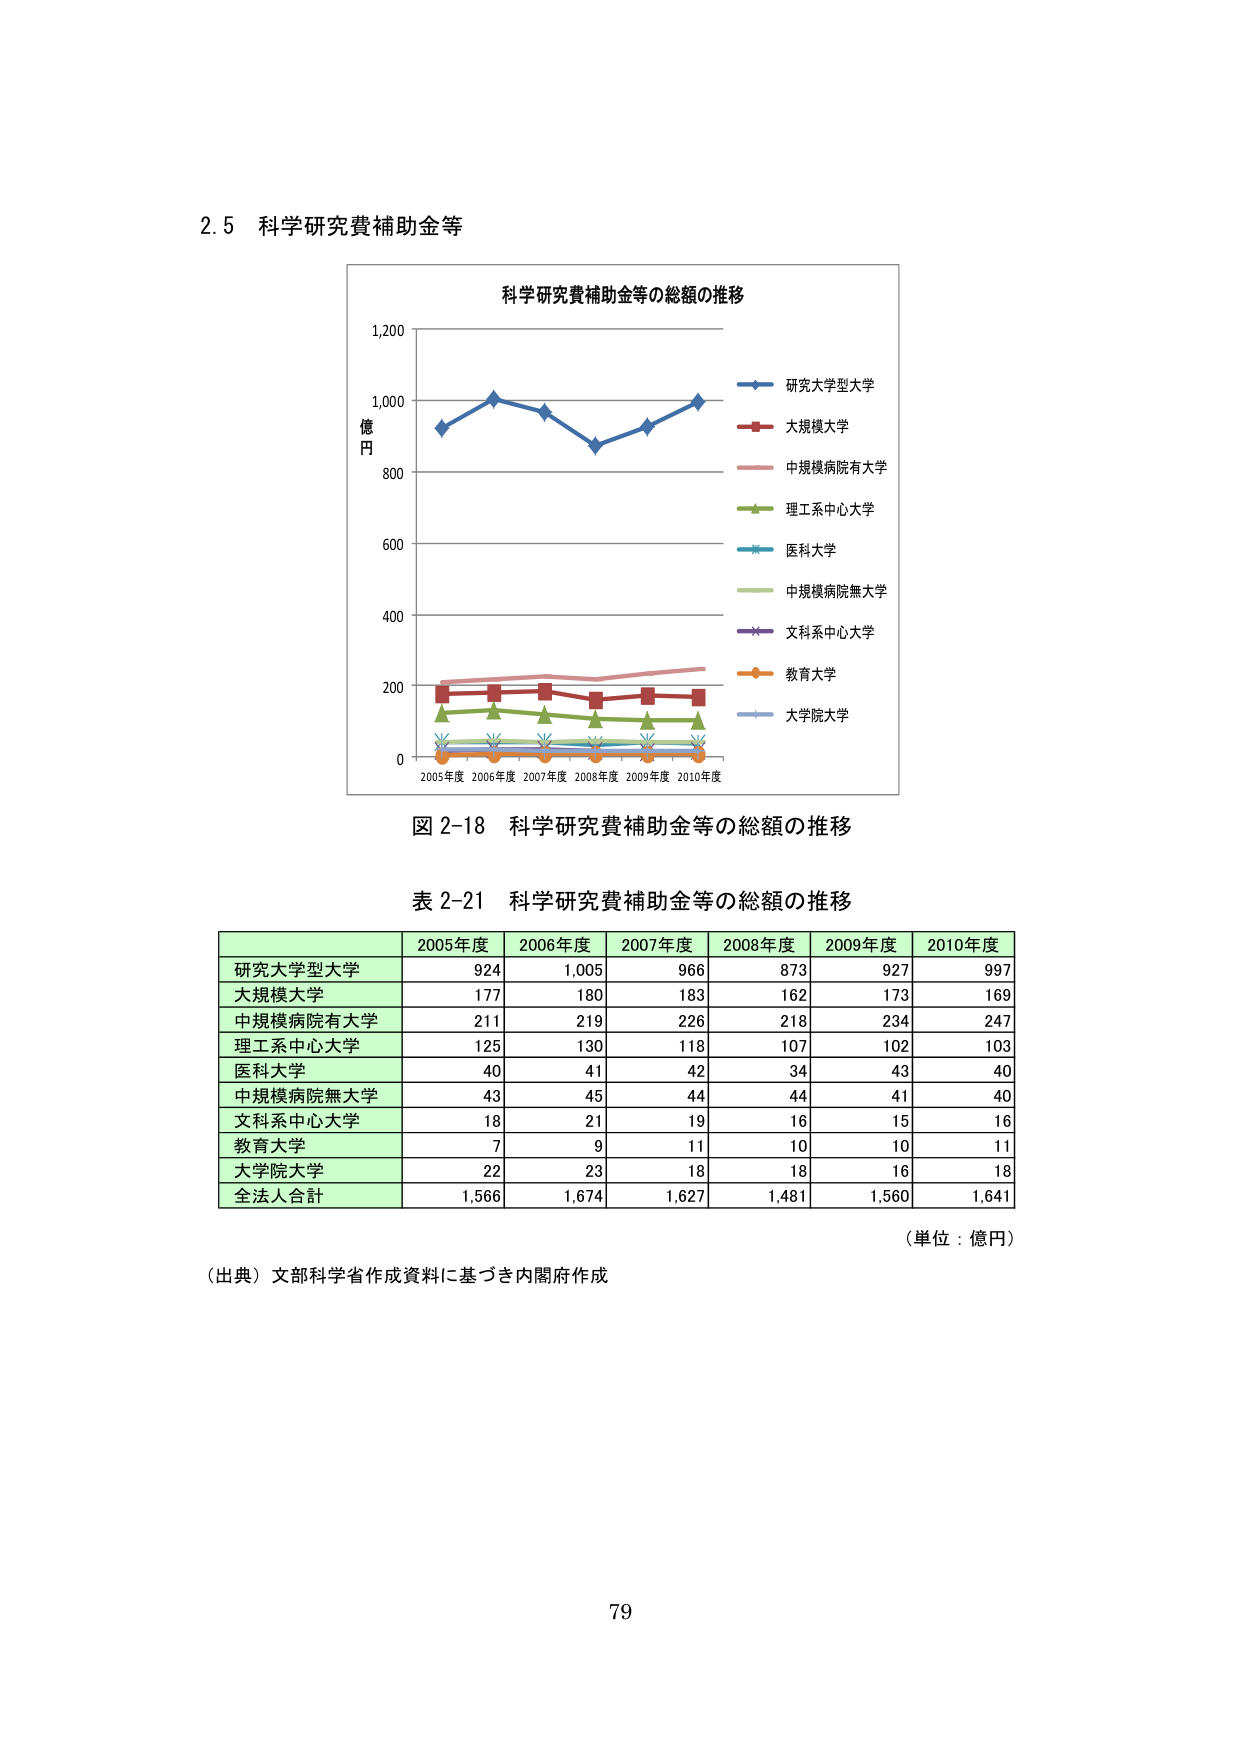
2.5 科学研究費補助金等

科学研究費補助金等の総額の推移

億円
1,200
1,000
800
600
400
200
0

2005年度 2006年度 2007年度 2008年度 2009年度 2010年度

研究大学型大学
大規模大学
中規模病院有大学
理工系中心大学
医科大学
中規模病院無大学
文科系中心大学
教育大学
大学院大学

図 2-18 科学研究費補助金等の総額の推移

表 2-21 科学研究費補助金等の総額の推移

2005年度 2006年度 2007年度 2008年度 2009年度 2010年度
研究大学型大学 924 1,005 966 873 927 997
大規模大学 177 180 183 162 173 169
中規模病院有大学 211 219 226 218 234 247
理工系中心大学 125 130 118 107 102 103
医科大学 40 41 42 34 43 40
中規模病院無大学 43 45 44 44 41 40
文科系中心大学 18 21 19 16 15 16
教育大学 7 9 11 10 10 11
大学院大学 22 23 18 18 16 18
全法人合計 1,566 1,674 1,627 1,481 1,560 1,641

（単位：億円）

（出典）文部科学省作成資料に基づき内閣府作成

79